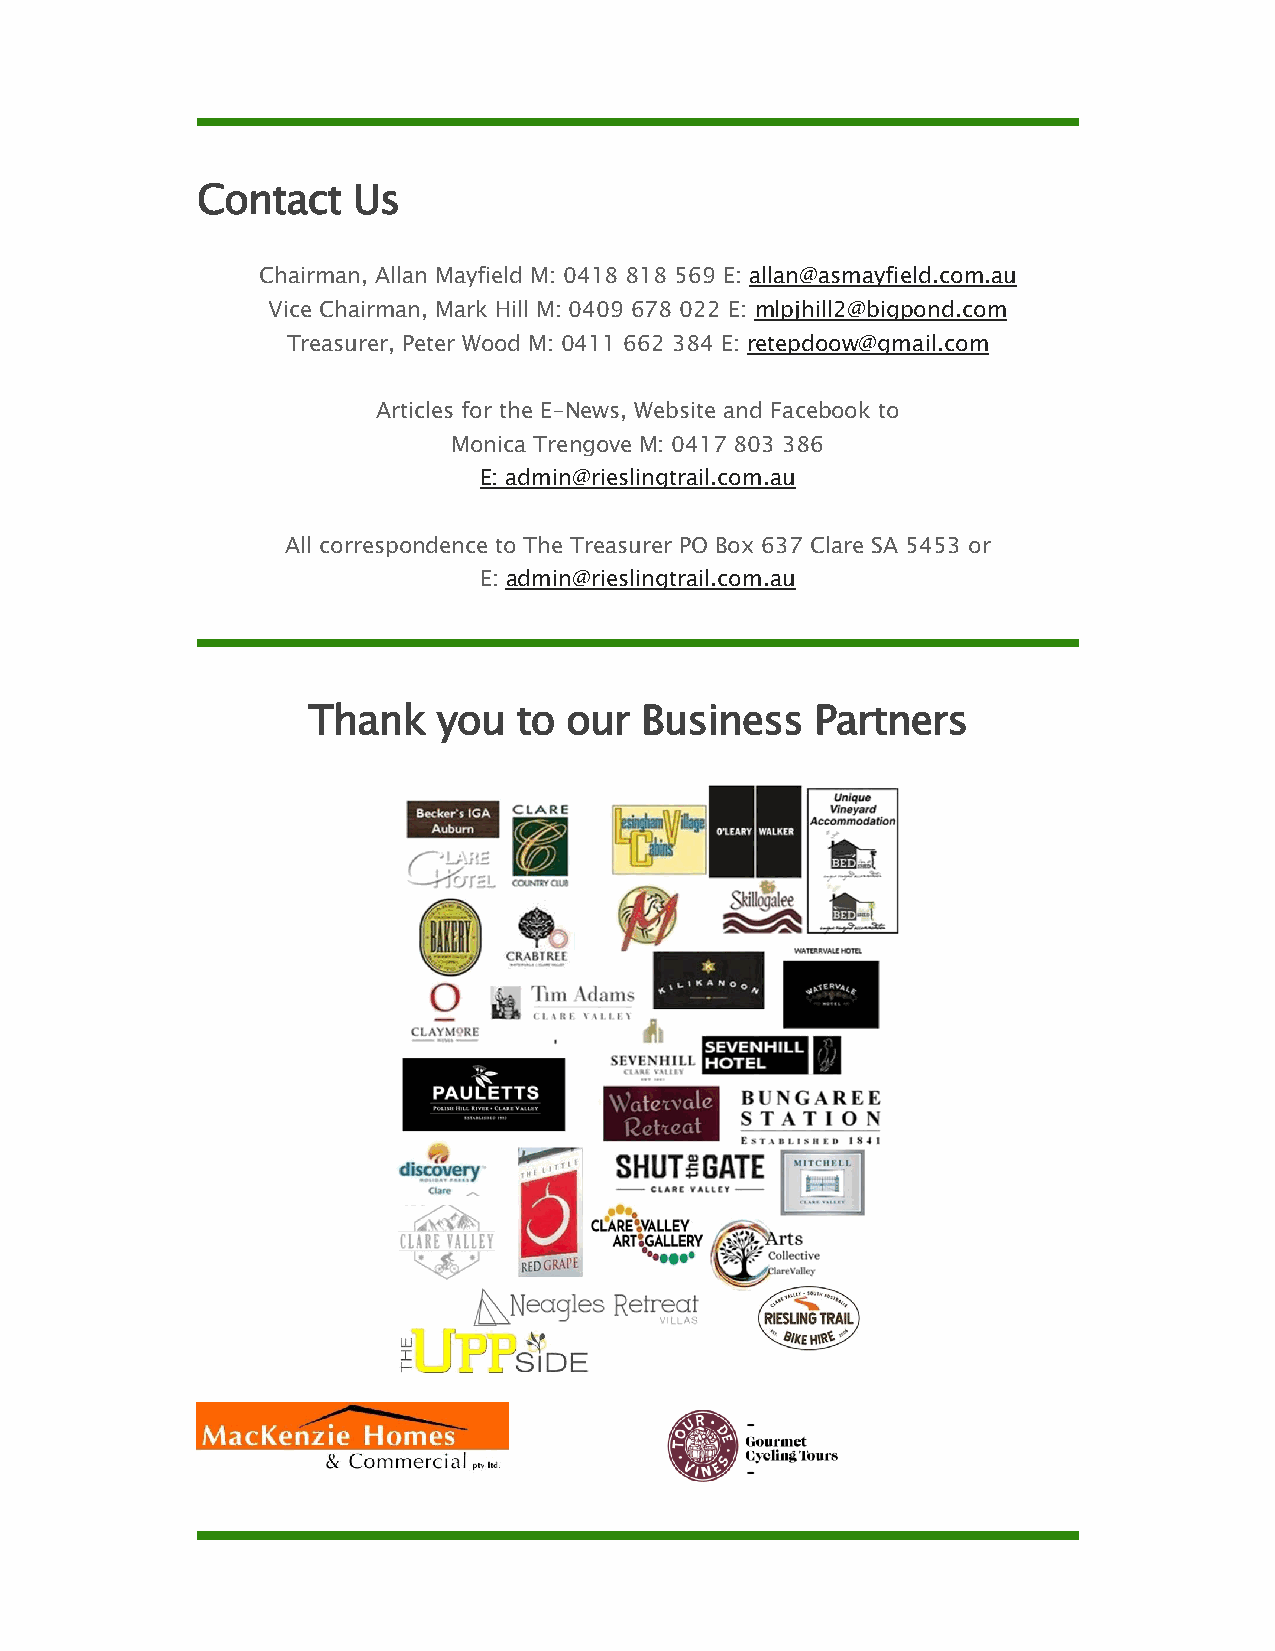
Contact   Us
 Chairman, Allan Mayfield M: 0418 818 569 E: allan@asmayfield.com.au
 Vice Chairman, Mark Hill M: 0409 678 022 E: mlpjhill2@bigpond.com
 Treasurer, Peter Wood M: 0411 662 384 E: retepdoow@gmail.com
 Articles for the E-News, Website and Facebook to
 Monica Trengove M: 0417 803 386
 E: admin@rieslingtrail.com.au
 All correspondence to The Treasurer PO Box 637 Clare SA 5453 or
 E: admin@rieslingtrail.com.au
 Thank    you  to our  Business    Partners